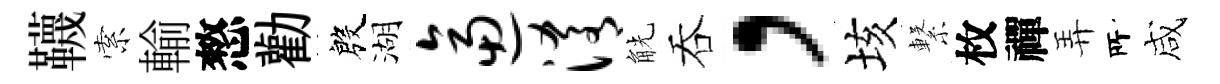
韈索輸憗勸殷湖逼淆觥吞，垓繋枚禪弄𠩄咸